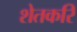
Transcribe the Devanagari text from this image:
शेतकरि